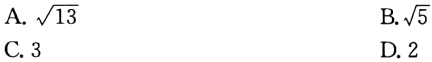
A. $\sqrt{13}$

B. $\sqrt{5}$

C. 3

D. 2